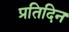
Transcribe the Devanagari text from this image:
प्रतिदिन